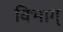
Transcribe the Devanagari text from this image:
विभाग्